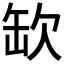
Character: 缼